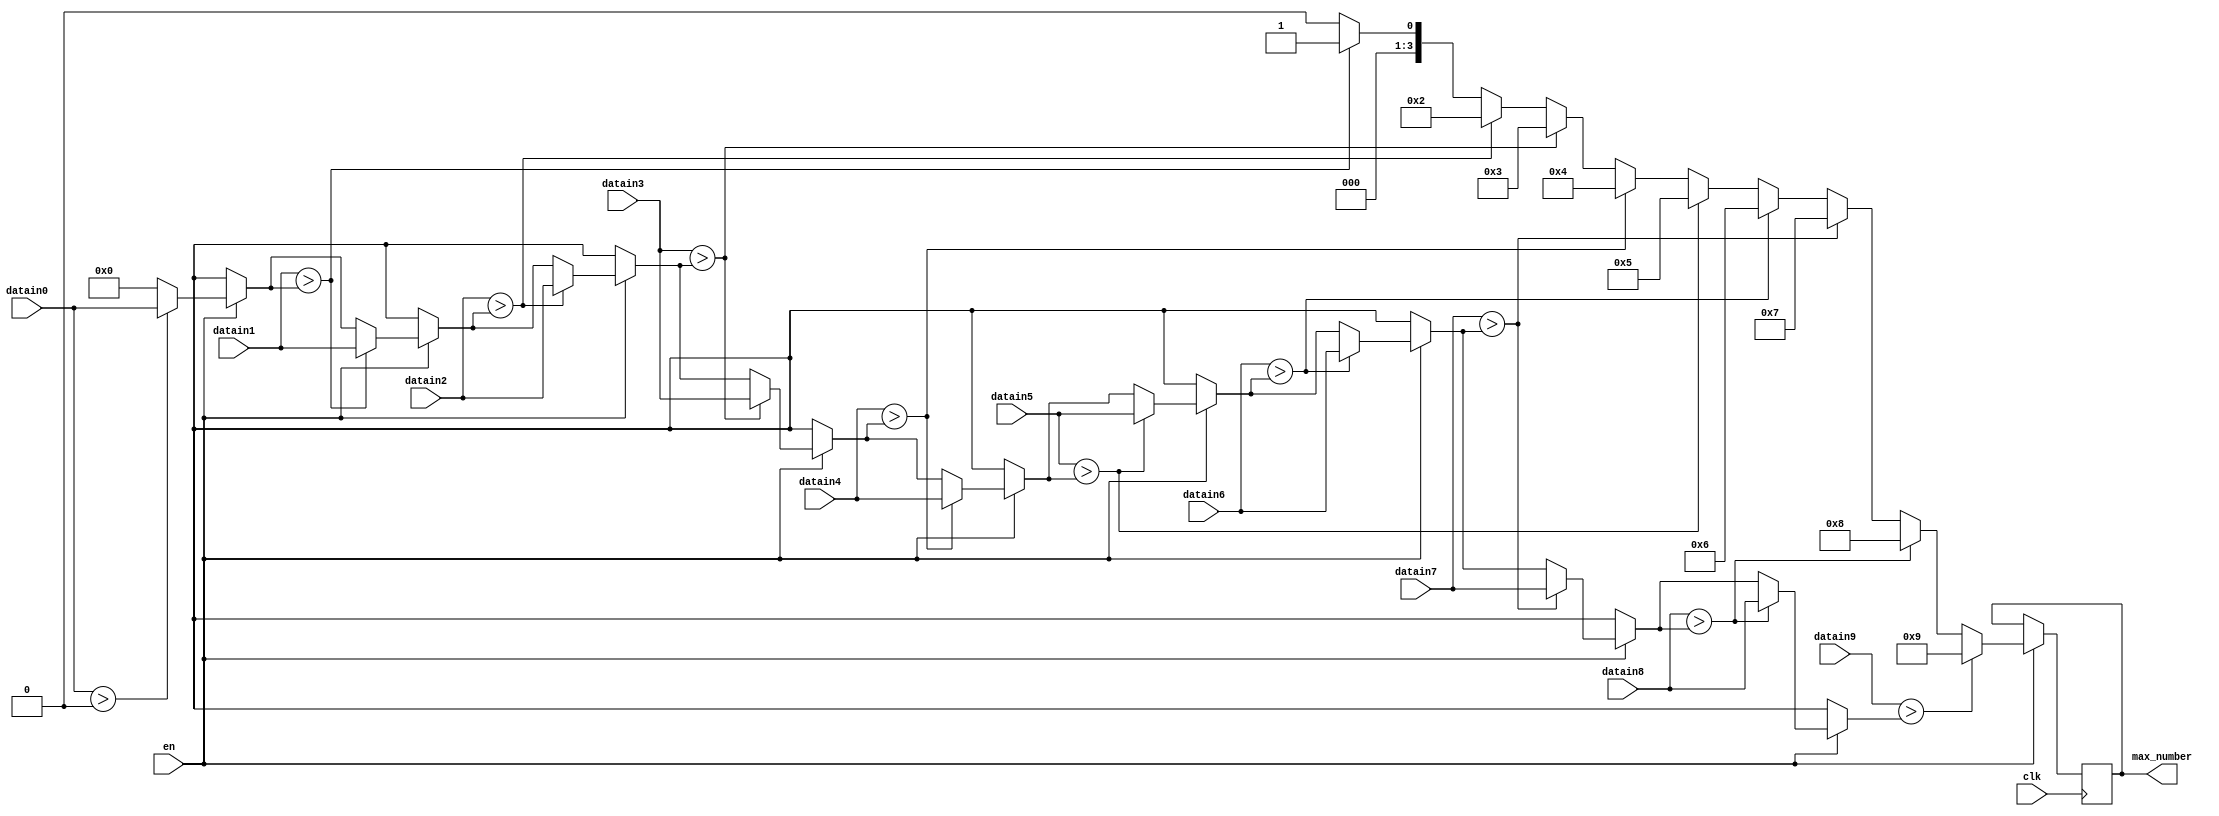

module compare(datain0,datain1,datain2,datain3,datain4,datain5,datain6,datain7,datain8,datain9,max_number,clk,en);

parameter datain_size=25;

input [datain_size-1:0] datain0;

input [datain_size-1:0] datain1;

input [datain_size-1:0] datain2;

input [datain_size-1:0] datain3;

input [datain_size-1:0] datain4;

input [datain_size-1:0] datain5;

input [datain_size-1:0] datain6;

input [datain_size-1:0] datain7;

input [datain_size-1:0] datain8;

input [datain_size-1:0] datain9;


output reg [3:0]max_number;

wire [datain_size-1:0] datain[19:0];

reg[datain_size-1:0] max_value;

input clk;


input en;

reg [3:0]i;

assign datain[0]=datain0;

assign datain[1]=datain1;

assign datain[2]=datain2;

assign datain[3]=datain3;

assign datain[4]=datain4;

assign datain[5]=datain5;

assign datain[6]=datain6;

assign datain[7]=datain7;

assign datain[8]=datain8;

assign datain[9]=datain9;

always@(posedge clk)

begin

if(en==1)

begin

max_number=4'b0;

max_value=8'b0;

for (i=0;i<10;i=i+1)

begin

if (datain[i]>max_value)

begin

max_value=datain[i];

max_number=i;

end

else

begin

end

end

end

end

endmodule